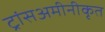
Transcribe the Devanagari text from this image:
ट्रांसअमीनीकृत